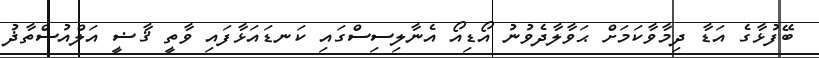
ބޭފުޅާގެ އަޑާ ދިމާވާކަމަށް ޙަވާލާދެވުނު އޯޑިއޯ އެނާލިސިސްގައި ކަނޑައަޅާފައި ވާތީ ޤާޟީ އަލްއުސްތާޛު